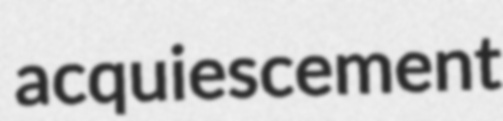
acquiescement